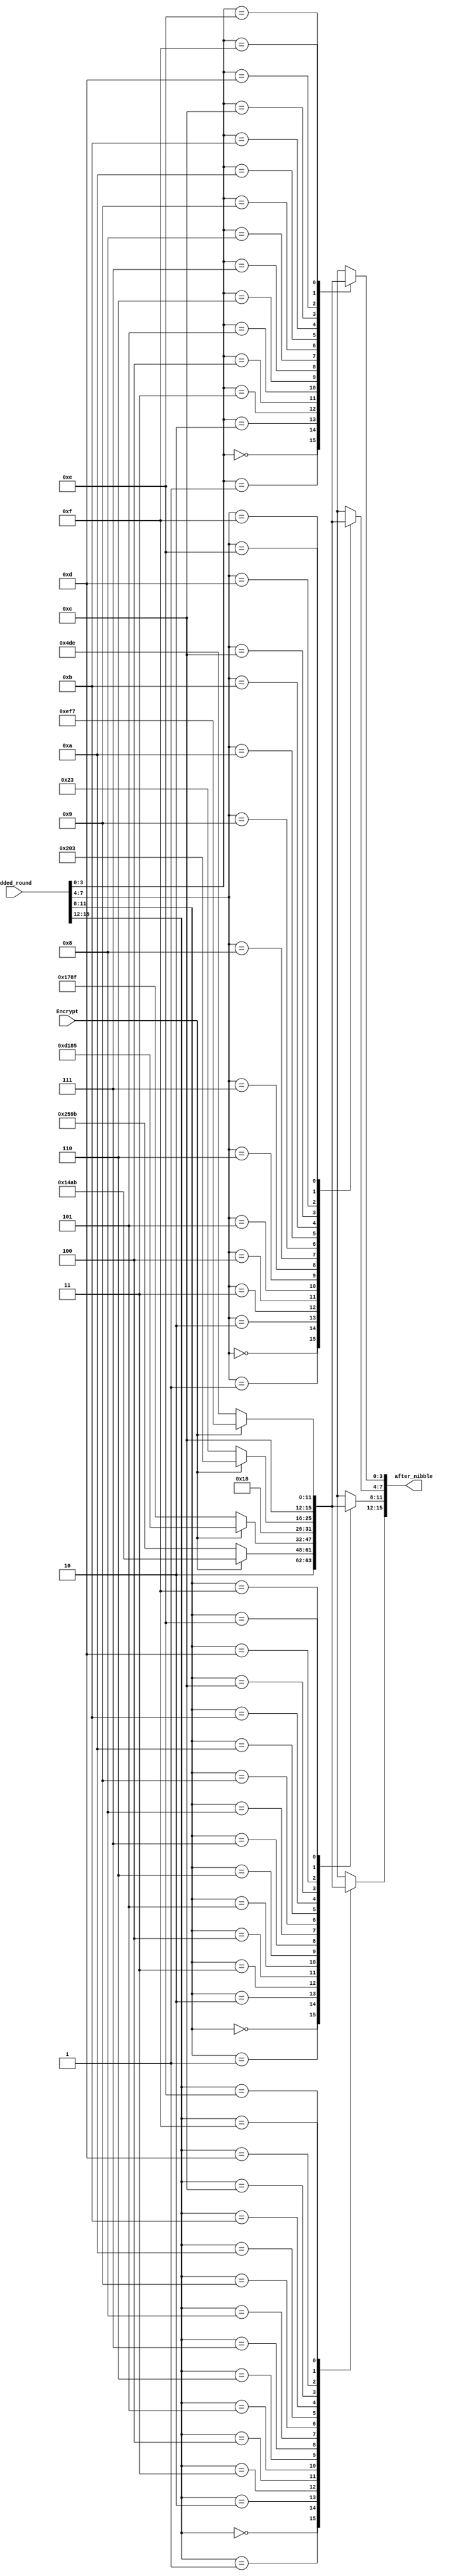
module nibble_substitution(
							//input clk,rst_n,
							input Encrypt, // if(1) then encrypt else decrypt
							input [15:0] added_round,
							output reg[15:0] after_nibble
							);

reg [0:15] nibble_matrix[0:3];


//always @(posedge clk or negedge rst_n) begin
always @(*) begin 
	if(Encrypt) begin 
		nibble_matrix[0] = 16'h94AB;
		nibble_matrix[1] = 16'hD185;
		nibble_matrix[2] = 16'h6203;
		nibble_matrix[3] = 16'hCEF7;
	end else begin
		nibble_matrix[0] = 16'hA59B;
		nibble_matrix[1] = 16'h178F;
		nibble_matrix[2] = 16'h6023;
		nibble_matrix[3] = 16'hC4DE;
	end 
end 

always @(*) begin
	case(added_round[15:12])
		4'b0000 : after_nibble[15:12] = nibble_matrix[0][0:3];
		4'b0001 : after_nibble[15:12] = nibble_matrix[0][4:7];
		4'b0010 : after_nibble[15:12] = nibble_matrix[0][8:11];
		4'b0011 : after_nibble[15:12] = nibble_matrix[0][12:15];
		4'b0100 : after_nibble[15:12] = nibble_matrix[1][0:3];
		4'b0101 : after_nibble[15:12] = nibble_matrix[1][4:7];
		4'b0110 : after_nibble[15:12] = nibble_matrix[1][8:11];
		4'b0111 : after_nibble[15:12] = nibble_matrix[1][12:15];
		4'b1000 : after_nibble[15:12] = nibble_matrix[2][0:3];
		4'b1001 : after_nibble[15:12] = nibble_matrix[2][4:7];
		4'b1010 : after_nibble[15:12] = nibble_matrix[2][8:11];
		4'b1011 : after_nibble[15:12] = nibble_matrix[2][12:15];
		4'b1100 : after_nibble[15:12] = nibble_matrix[3][0:3];
		4'b1101 : after_nibble[15:12] = nibble_matrix[3][4:7];
		4'b1110 : after_nibble[15:12] = nibble_matrix[3][8:11];
		4'b1111 : after_nibble[15:12] = nibble_matrix[3][12:15];
	endcase
	case(added_round[11:8])
		4'b0000 : after_nibble[11:8] = nibble_matrix[0][0:3];
		4'b0001 : after_nibble[11:8] = nibble_matrix[0][4:7];
		4'b0010 : after_nibble[11:8] = nibble_matrix[0][8:11];
		4'b0011 : after_nibble[11:8] = nibble_matrix[0][12:15];
		4'b0100 : after_nibble[11:8] = nibble_matrix[1][0:3];
		4'b0101 : after_nibble[11:8] = nibble_matrix[1][4:7];
		4'b0110 : after_nibble[11:8] = nibble_matrix[1][8:11];
		4'b0111 : after_nibble[11:8] = nibble_matrix[1][12:15];
		4'b1000 : after_nibble[11:8] = nibble_matrix[2][0:3];
		4'b1001 : after_nibble[11:8] = nibble_matrix[2][4:7];
		4'b1010 : after_nibble[11:8] = nibble_matrix[2][8:11];
		4'b1011 : after_nibble[11:8] = nibble_matrix[2][12:15];
		4'b1100 : after_nibble[11:8] = nibble_matrix[3][0:3];
		4'b1101 : after_nibble[11:8] = nibble_matrix[3][4:7];
		4'b1110 : after_nibble[11:8] = nibble_matrix[3][8:11];
		4'b1111 : after_nibble[11:8] = nibble_matrix[3][12:15];
	endcase
	case(added_round[7:4])
		4'b0000 : after_nibble[7:4] = nibble_matrix[0][0:3];
		4'b0001 : after_nibble[7:4] = nibble_matrix[0][4:7];
		4'b0010 : after_nibble[7:4] = nibble_matrix[0][8:11];
		4'b0011 : after_nibble[7:4] = nibble_matrix[0][12:15];
		4'b0100 : after_nibble[7:4] = nibble_matrix[1][0:3];
		4'b0101 : after_nibble[7:4] = nibble_matrix[1][4:7];
		4'b0110 : after_nibble[7:4] = nibble_matrix[1][8:11];
		4'b0111 : after_nibble[7:4] = nibble_matrix[1][12:15];
		4'b1000 : after_nibble[7:4] = nibble_matrix[2][0:3];
		4'b1001 : after_nibble[7:4] = nibble_matrix[2][4:7];
		4'b1010 : after_nibble[7:4] = nibble_matrix[2][8:11];
		4'b1011 : after_nibble[7:4] = nibble_matrix[2][12:15];
		4'b1100 : after_nibble[7:4] = nibble_matrix[3][0:3];
		4'b1101 : after_nibble[7:4] = nibble_matrix[3][4:7];
		4'b1110 : after_nibble[7:4] = nibble_matrix[3][8:11];
		4'b1111 : after_nibble[7:4] = nibble_matrix[3][12:15];
	endcase
	case(added_round[3:0])
		4'b0000 : after_nibble[3:0] = nibble_matrix[0][0:3];
		4'b0001 : after_nibble[3:0] = nibble_matrix[0][4:7];
		4'b0010 : after_nibble[3:0] = nibble_matrix[0][8:11];
		4'b0011 : after_nibble[3:0] = nibble_matrix[0][12:15];
		4'b0100 : after_nibble[3:0] = nibble_matrix[1][0:3];
		4'b0101 : after_nibble[3:0] = nibble_matrix[1][4:7];
		4'b0110 : after_nibble[3:0] = nibble_matrix[1][8:11];
		4'b0111 : after_nibble[3:0] = nibble_matrix[1][12:15];
		4'b1000 : after_nibble[3:0] = nibble_matrix[2][0:3];
		4'b1001 : after_nibble[3:0] = nibble_matrix[2][4:7];
		4'b1010 : after_nibble[3:0] = nibble_matrix[2][8:11];
		4'b1011 : after_nibble[3:0] = nibble_matrix[2][12:15];
		4'b1100 : after_nibble[3:0] = nibble_matrix[3][0:3];
		4'b1101 : after_nibble[3:0] = nibble_matrix[3][4:7];
		4'b1110 : after_nibble[3:0] = nibble_matrix[3][8:11];
		4'b1111 : after_nibble[3:0] = nibble_matrix[3][12:15];
	endcase
end  
endmodule